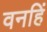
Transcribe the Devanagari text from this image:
वनहिं